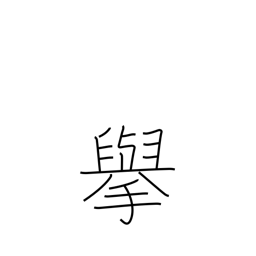
Meaning: actions